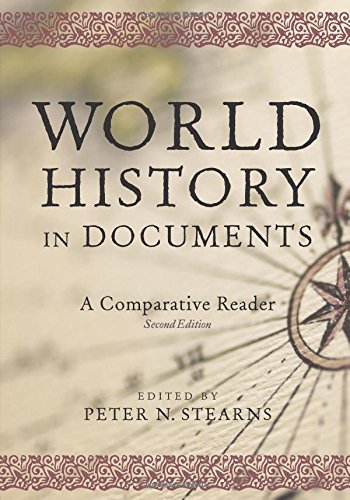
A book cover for World History in Documents: A Comparative Reader; History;